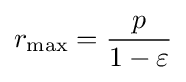
r_{\max }={\frac {p}{1-\varepsilon }}